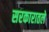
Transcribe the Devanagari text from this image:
सरकारातले